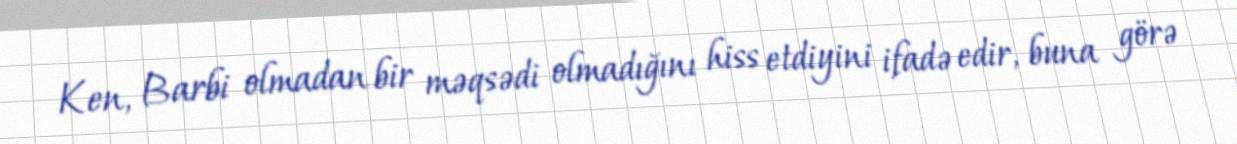
Ken, Barbi olmadan bir məqsədi olmadığını hiss etdiyini ifadə edir, buna görə